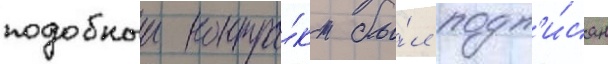
подобныи контра́кт бы́л подп'и́сан